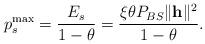
LaTeX: \begin{align*}p_{s}^{\textrm{max}} = \frac{E_{s}}{1-\theta} = \frac{\xi \theta P_{BS} \|\mathbf{h}\|^{2}}{1-\theta}.\end{align*}